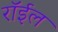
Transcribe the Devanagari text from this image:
रॉईल